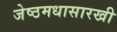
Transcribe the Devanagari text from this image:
जेष्ठमधासारखी